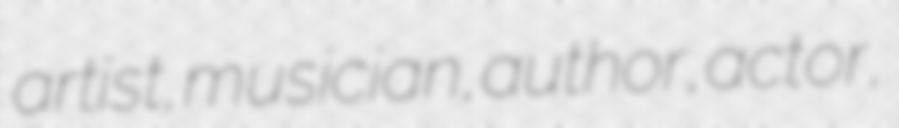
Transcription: artist, musician, author, actor,